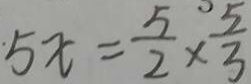
5 x = \frac { 5 } { 2 } \times \frac { 5 } { 3 }